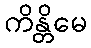
ကိန္တိမေ